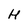
Character: H